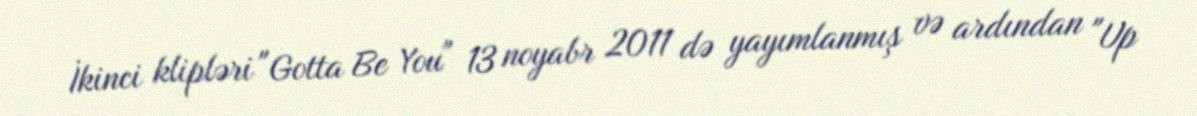
İkinci klipləri "Gotta Be You" 13 noyabr 2011 də yayımlanmış və ardından "Up